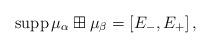
LaTeX: \begin{align*}\mathrm{supp}\, \mu_\alpha\boxplus\mu_\beta=[E_-, E_+]\,,\end{align*}